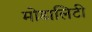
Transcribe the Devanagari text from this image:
मोडालिटी